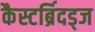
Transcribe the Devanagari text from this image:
कैस्टर्ब्रिदड्ज